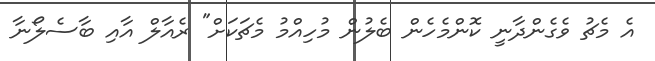
އެ މެޗު ވެގެންދާނީ ކޮންމެހެން ބެލުން މުހިއްމު މެޗަކަށް" ރެއާލް އާއި ބާސެލޯނާ